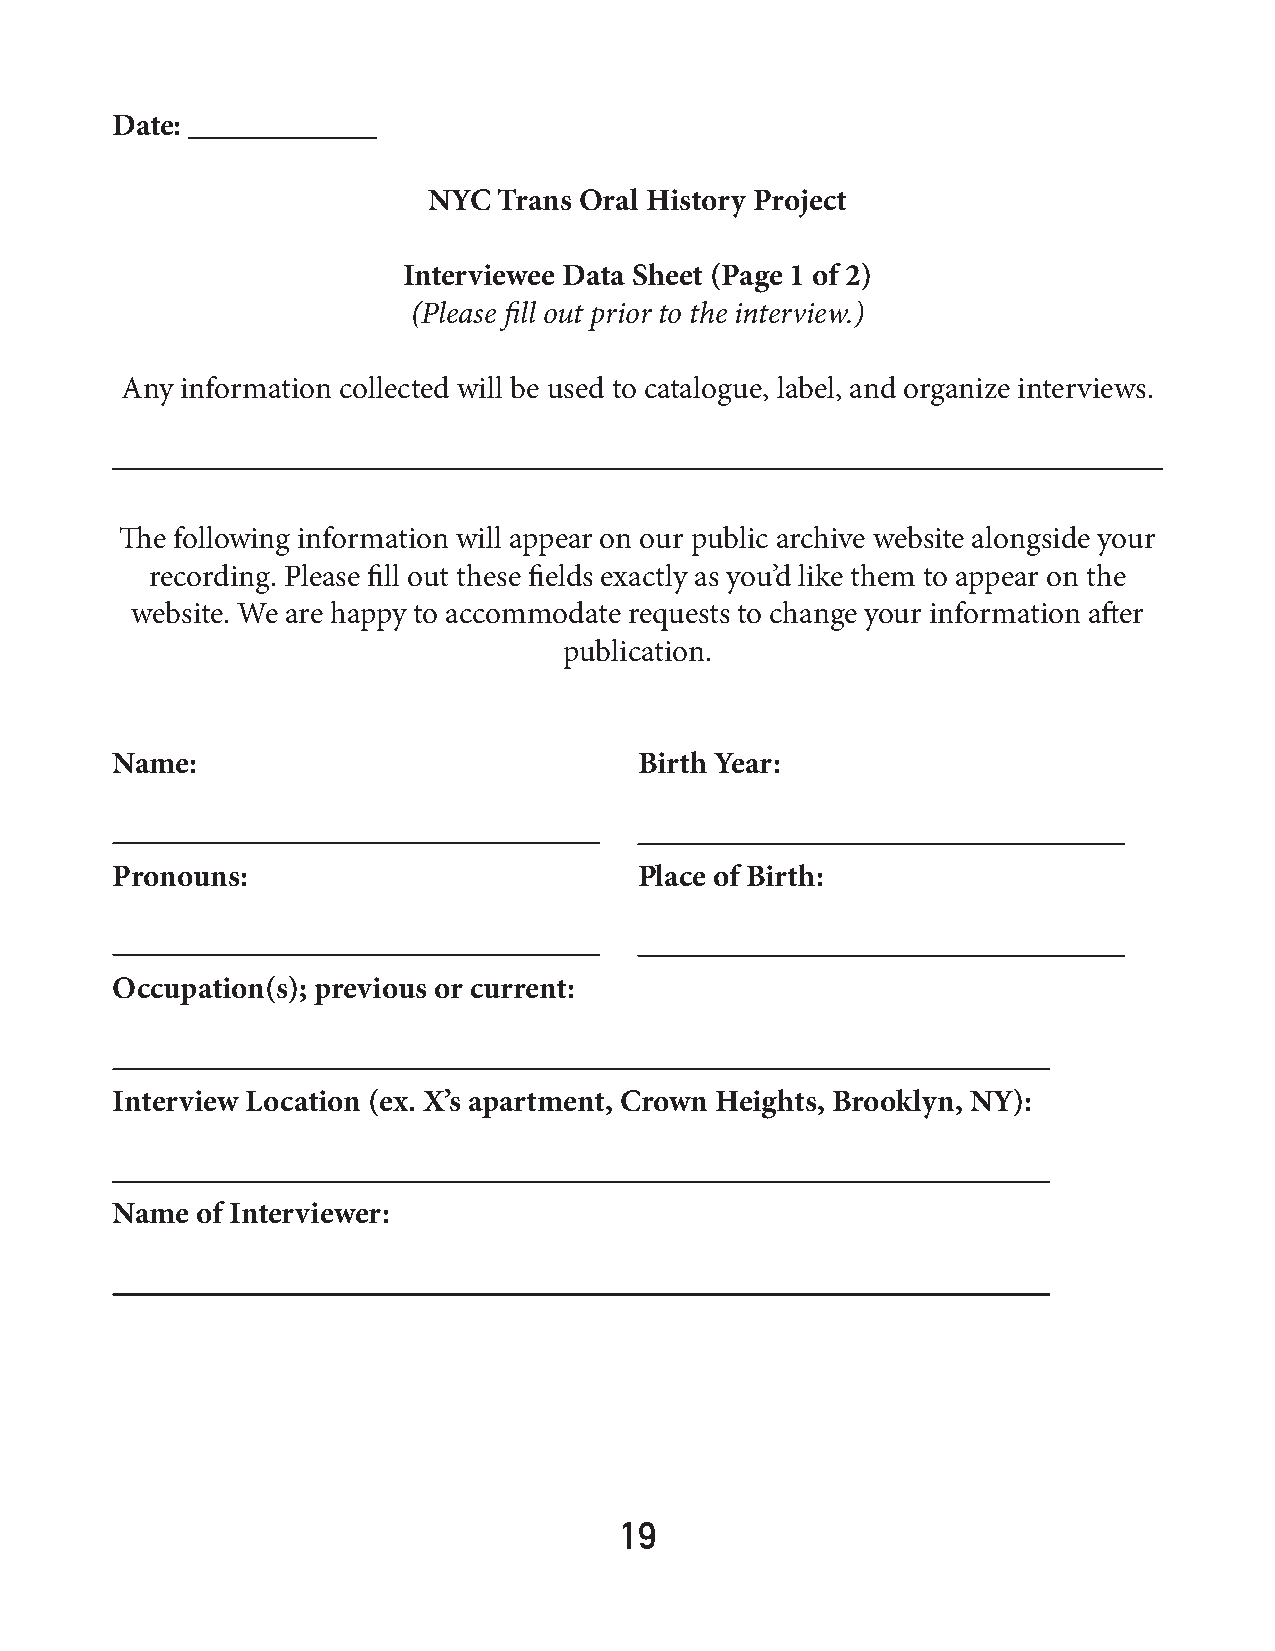
Date: ____________
 NYC  Trans Oral History Project
 Interviewee Data Sheet (Page 1 of 2)
 (Please fill out prior to the interview.)
 Any information collected will be used to catalogue, label, and organize interviews.
 The following information will appear on our public archive website alongside your
 recording. Please fill out these fields exactly as you’d like them to appear on the
 website. We are happy to accommodate requests to change your information after
 publication.
 Name:                              Birth Year:
 Pronouns:                          Place of Birth:
 Occupation(s); previous or current:
 Interview Location (ex. X’s apartment, Crown Heights, Brooklyn, NY):
 Name  of Interviewer:
 19